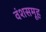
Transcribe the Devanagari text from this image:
वंशसमूह